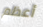
أعظم